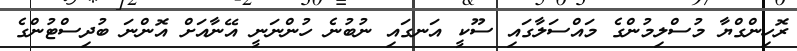
ރޮހިންގްޔާ މުސްލިމުންގެ މައްސަލާގައި ސޫކީ އަނގައި ނުބުނެ ހުންނަނީ އޭނާއަށް އޮންނަ ބުދިސްޓުންގެ